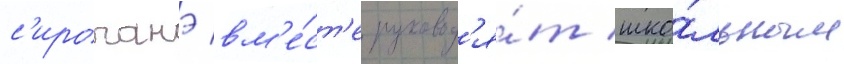
с'ироганэ вм'е́ст'е руковод'я́т шко́льным